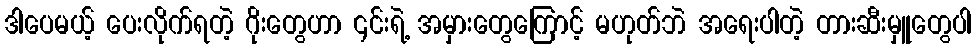
ဒါပေမယ့် ပေးလိုက်ရတဲ့ ဂိုးတွေဟာ ၎င်းရဲ့ အမှားတွေကြောင့် မဟုတ်ဘဲ အရေးပါတဲ့ တားဆီးမှူတွေပါ